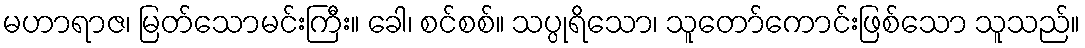
မဟာရာဇ၊ မြတ်သောမင်းကြီး။ ခေါ၊ စင်စစ်။ သပ္ပုရိသော၊ သူတော်ကောင်းဖြစ်သော သူသည်။